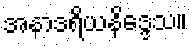
အနာဒရိယနိဒ္ဒေသ။